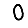
Digit: 0